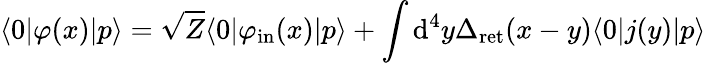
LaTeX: \langle 0|\varphi(x)|p\rangle={\sqrt{Z}}\langle 0|\varphi_{\mathrm{in}}(x)|p\rangle+\int\mathrm{d}^{4}y\Delta_{\mathrm{ret}}(x-y)\langle 0|j(y)|p\rangle